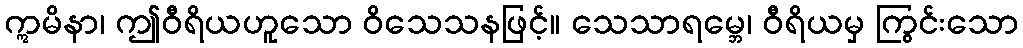
ဣမိနာ၊ ဤဝီရိယဟူသော ဝိသေသနဖြင့်။ သေသာရမ္ဘေ၊ ဝီရိယမှ ကြွင်းသော